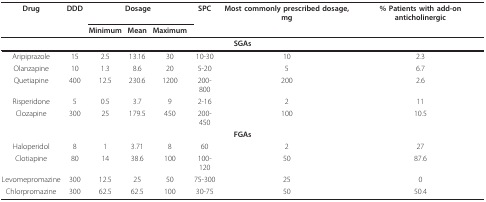
| Drug | DDD | <COLSPAN=3> Dosage | SPC | Most commonly prescribed dosage, mg | % Patients with add-on anticholinergic |
 |  |  | Minimum | Mean | Maximum |  |  |  |
 | --- | --- | --- | --- | --- | --- | --- | --- |
 | <COLSPAN=8> SGAs |
 | Aripiprazole | 15 | 2.5 | 13.16 | 30 | 10-30 | 10 | 2.3 |
 | Olanzapine | 10 | 1.3 | 8.6 | 20 | 5-20 | 5 | 6.7 |
 | Quetiapine | 400 | 12.5 | 230.6 | 1200 | 200-800 | 200 | 2.6 |
 | Risperidone | 5 | 0.5 | 3.7 | 9 | 2-16 | 2 | 11 |
 | Clozapine | 300 | 25 | 179.5 | 450 | 200-450 | 100 | 10.5 |
 | <COLSPAN=8> FGAs |
 | Haloperidol | 8 | 1 | 3.71 | 8 | 60 | 2 | 27 |
 | Clotiapine | 80 | 14 | 38.6 | 100 | 100-120 | 50 | 87.6 |
 | Levomepromazine | 300 | 12.5 | 25 | 50 | 75-300 | 25 | 0 |
 | Chlorpromazine | 300 | 62.5 | 62.5 | 100 | 30-75 | 50 | 50.4 |